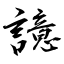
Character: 譩